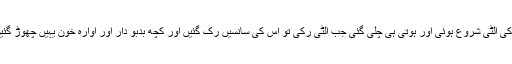
ہلکی ٹریٹ مینٹ کے بعد وہ گھر واپس آگئی لیکن اگلی صبح اسے خون کی الٹی شروع ہوئی اور ہوتی ہی چلی گئی جب الٹی رکی تو اس کی سانسیں رک گئیں اور کچھ بدبو دار اور آوارہ خون یہیں چھوڑ گئیں اور مکمل پاکیزہ روح کے ساتھ جنت میں کسی کا انتظار کررہی ہے۔